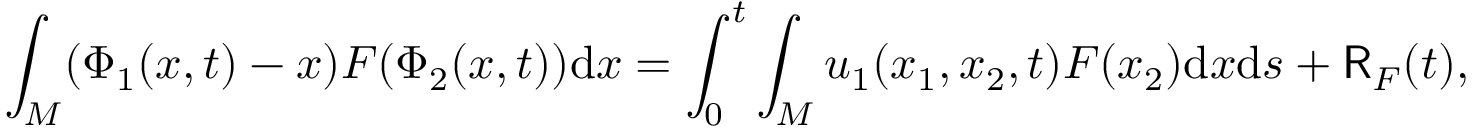
\int _ { M } ( \Phi _ { 1 } ( x , t ) - x ) F ( \Phi _ { 2 } ( x , t ) ) \mathrm { d } x = \int _ { 0 } ^ { t } \int _ { M } u _ { 1 } ( x _ { 1 } , x _ { 2 } , t ) F ( x _ { 2 } ) \mathrm { d } x \mathrm { d } s + \mathsf { R } _ { F } ( t ) ,